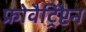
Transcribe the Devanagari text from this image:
फ्रोवैट्रिप्टैन